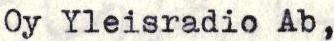
Oy Yleisradio Ab,